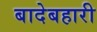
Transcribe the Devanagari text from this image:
बादेबहारी